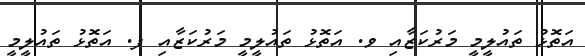
އަތޮޅު ތައުލީމީ މަރުކަޒާއި ވ. އަތޮޅު ތައުލީމީ މަރުކަޒާއި ފ. އަތޮޅު ތައުލީމީ